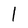
Character: l